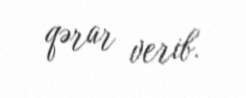
qərar verib.